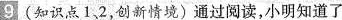
9 (知识点1、2，创新情境)通过阅读，小明知道了